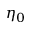
\eta _ { 0 }